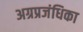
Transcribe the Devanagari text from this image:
अग्रप्रजंधिका